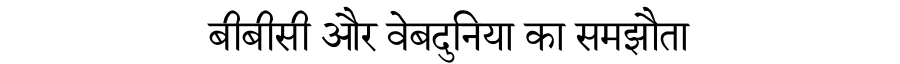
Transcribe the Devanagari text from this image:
बीबीसी और वेबदुनिया का समझौता